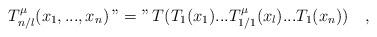
LaTeX: \begin{align*}T^\mu_{n/l}(x_1,...,x_n)\, "=" \, T(T_1(x_1)...T^\mu_{1/1} (x_l)...T_1(x_n)) \quad ,\end{align*}